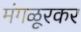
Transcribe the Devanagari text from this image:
मंगळूरकर